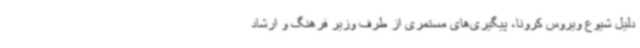
دلیل شیوع ویروس کرونا، پیگیری‌های مستمری از طرف وزیر فرهنگ و ارشاد